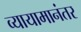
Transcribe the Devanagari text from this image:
व्यायामानंतर